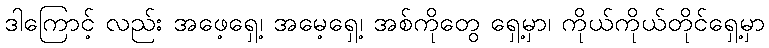
ဒါကြောင့် လည်း အဖေ့ရှေ့၊ အမေ့ရှေ့၊ အစ်ကိုတွေ ရှေ့မှာ၊ ကိုယ်ကိုယ်တိုင်ရှေ့မှာ